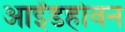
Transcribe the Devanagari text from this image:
आईंडहोवन